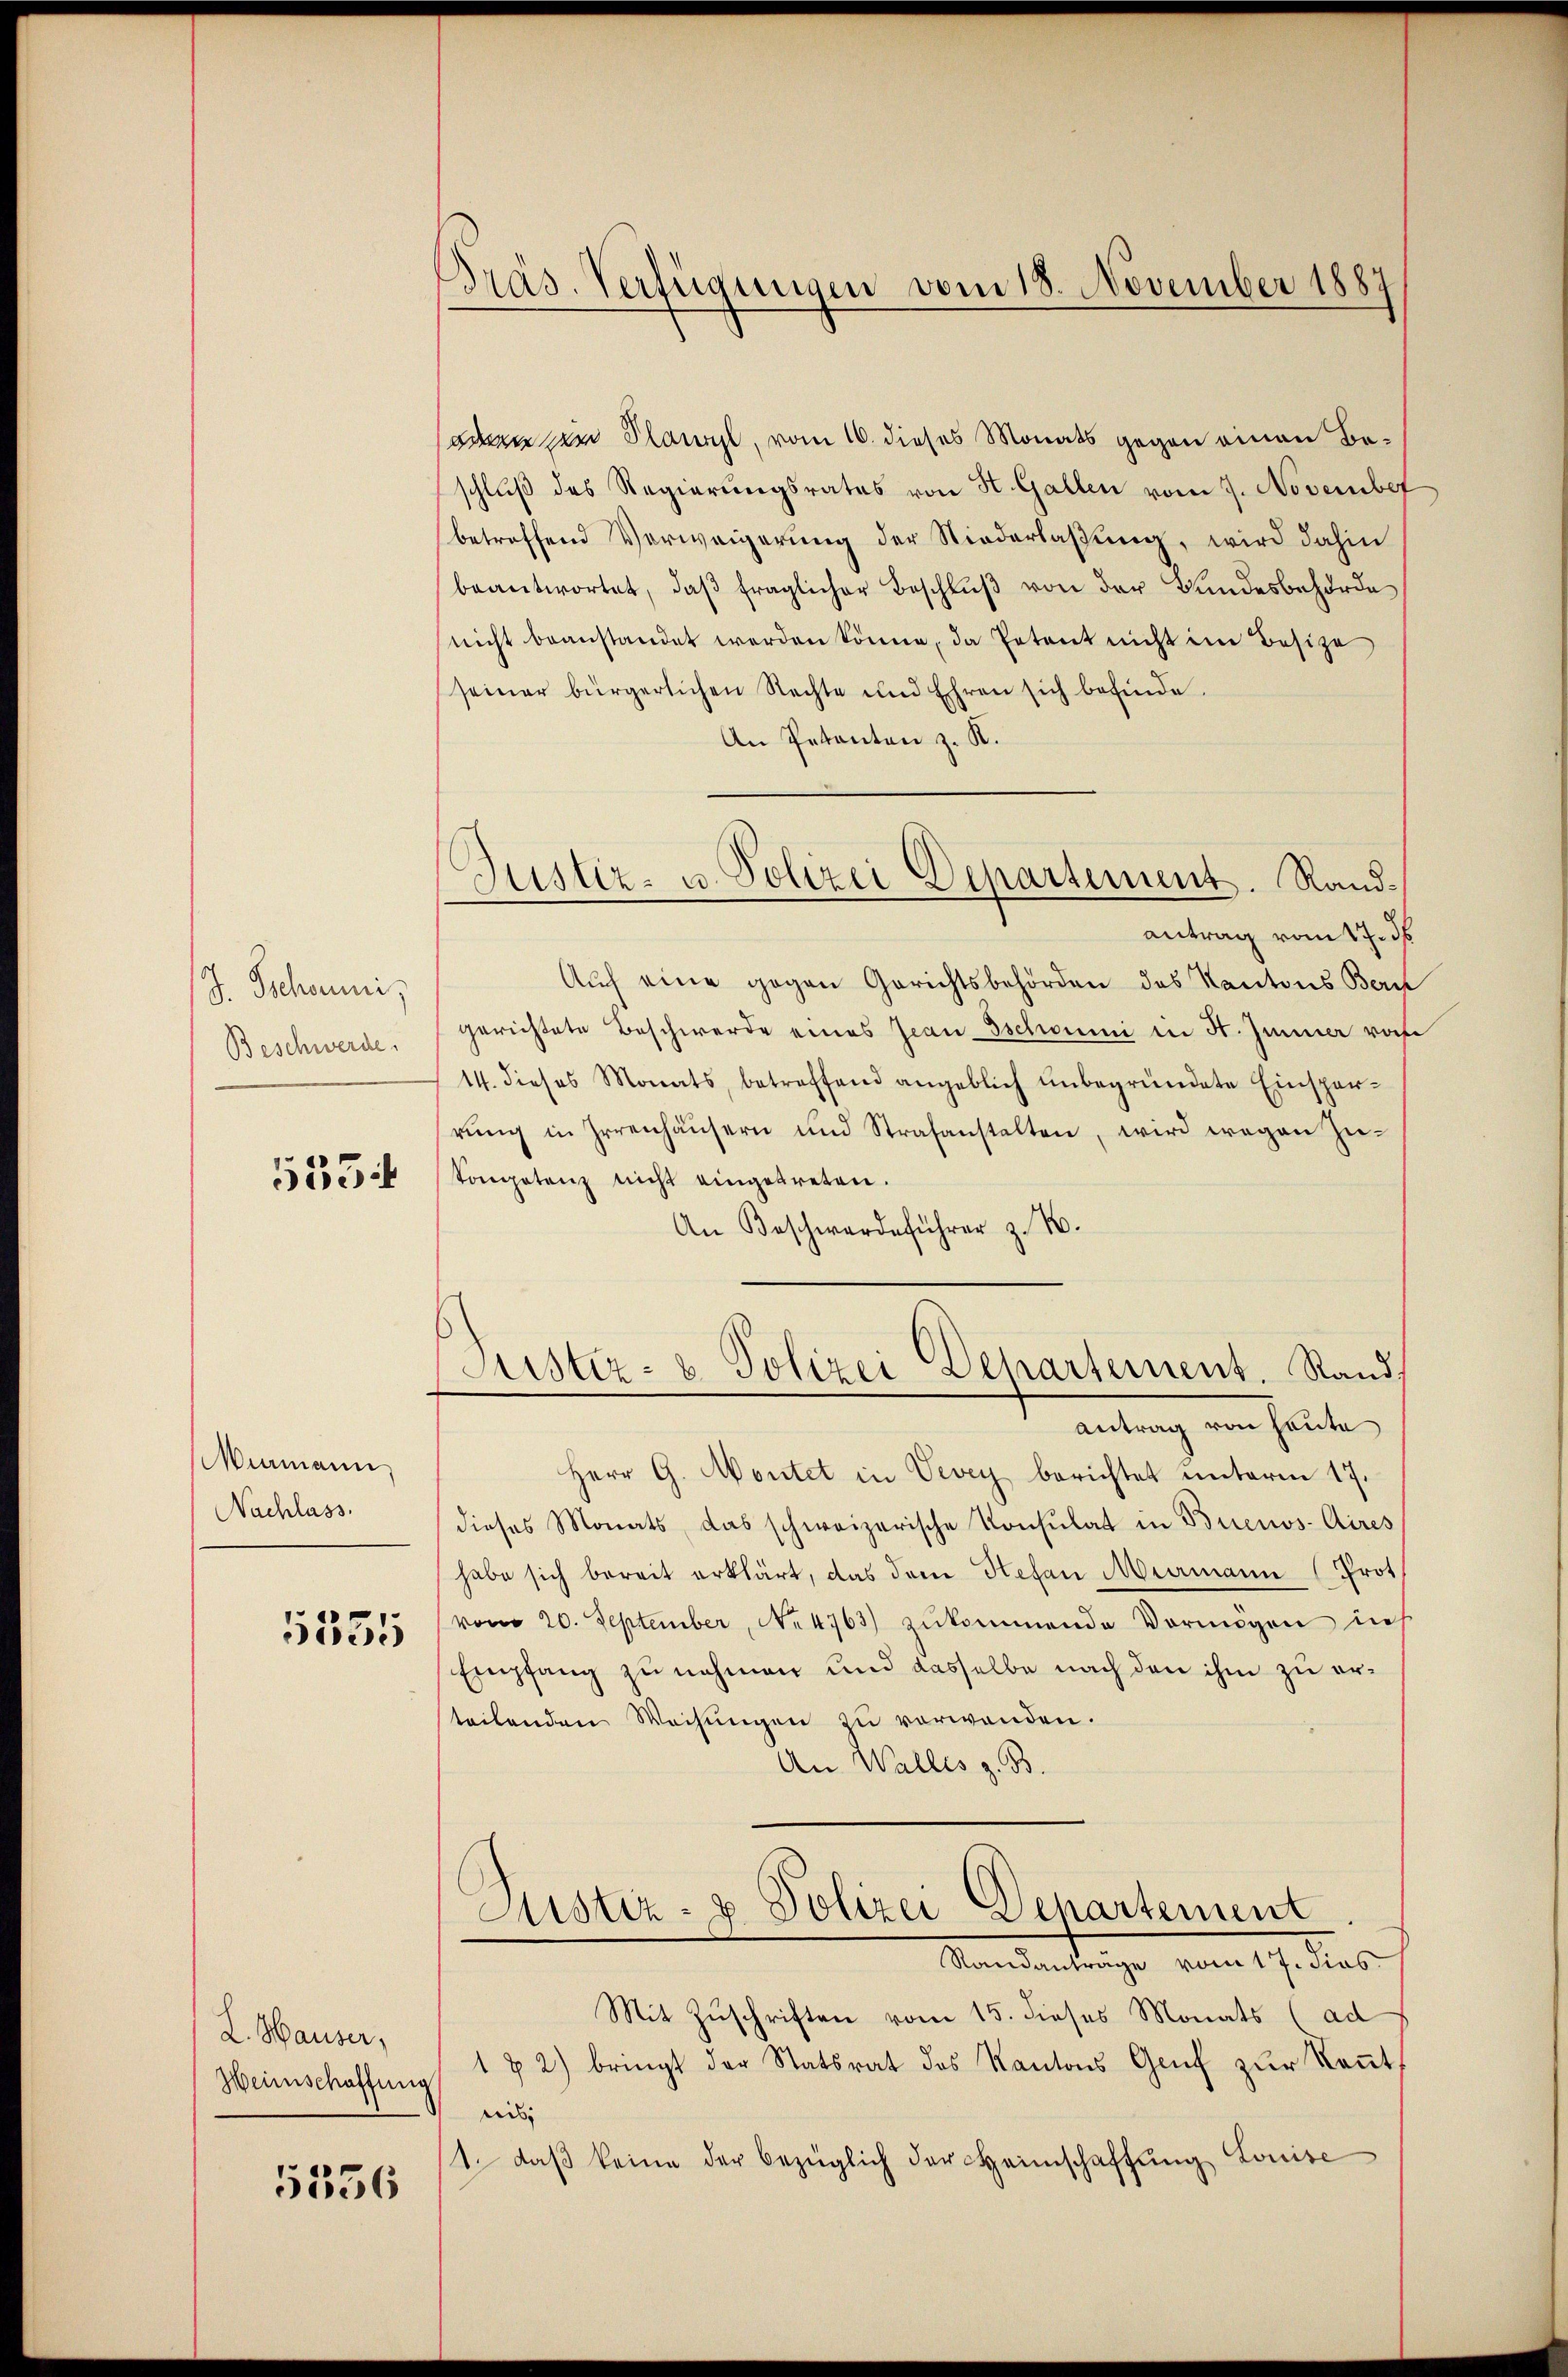
J. Tschaumi
Beschwerde.

5354

Mumann,
Nachlass.

5335

L. Hauser,

5536

Präs. Verfügungen vom 18. November 1887

oden die Plawyl, vom 10. dieses Monats gegen einen Beschluß des Regierungsrates von St. Gallen vom 7. November
betreffend Verweigerung der Niederlaßung, wird dahin
beantwortet, daβ fraglicher Beschlŭβ von der Bundesbehörde
nicht beanstandet werden könne, da Petent nicht im Besize
seiner bürgerlichen Rechte und Ehren sich befinde.
An Petenten z. K.
antrag vom 17. ds
Auch eine gegen Gerichtsbehörden des Kantons Bern
gerichtete Beschwerde eines Jeansschonmi in St. Jenner rof
14. dieses Monats, betreffend angeblich unbegründete Einsperrŭng in Irrenhäŭsern und Strafanstalten, wird wegen Zü¬
Kompetenz nicht eingetreten.
An Beschwerdeführer z. B.
Justiz- & Polizei Departement. Stand.
antung von heute,
Herr G. Montet in Vevey berichtet unterm 17.
dieses Monats, das schweizerische Konsulat in Buenos-Aires
habe sich bereit erklärt, das dem Stefan Murmann (Prot
vom 20. September, No 4763) zŭkommende Vermögen ins
Empfang zu nehmen und dasselbe nach den ihm zu ersteilenden Weisŭngen zŭ verwenden.
An Walles z. B.
Justiz- & Polizei Departement
Randanträge vom 17. dies
Mit Zuschriften vom 15. dieses Monats (ad
Heimschaffŭng 1 & 2) bringt der Statsrat des Kantons Genf zur Keṅt
nis
1. daβ keine der bezüglich der Heimschaffŭng Louise

Justiz- u. Polizei Departement. Rand¬